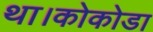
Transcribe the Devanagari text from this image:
था।कोकोडा